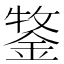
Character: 𮢒